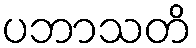
ပဘာသတိ